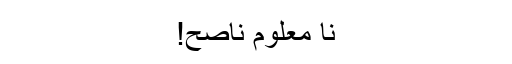
نا معلوم ناصح!